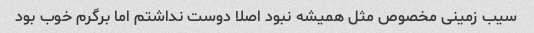
سیب زمینی مخصوص مثل همیشه نبود اصلا دوست نداشتم اما برگرم خوب بود